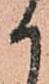
か